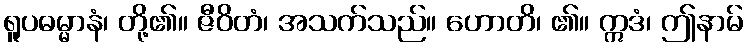
ရူပဓမ္မာနံ၊ တို့၏။ ဇီဝိတံ၊ အသက်သည်။ ဟောတိ၊ ၏။ ဣဒံ၊ ဤနာမ်